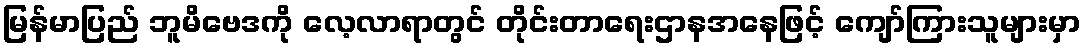
မြန်မာပြည် ဘူမိဗေဒကို လေ့လာရာတွင် တိုင်းတာရေးဌာနအနေဖြင့် ကျော်ကြားသူများမှာ